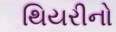
થિયરીનો